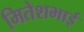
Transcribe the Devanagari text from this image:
मितेशभाई